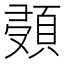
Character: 𩒸